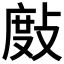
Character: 𢾖